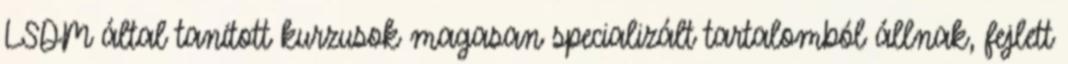
LSDM által tanított kurzusok magasan specializált tartalomból állnak, fejlett